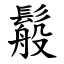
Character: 䰉